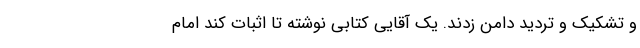
و تشکیک و تردید دامن زدند. یک آقایی کتابی نوشته تا اثبات کند امام